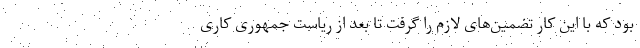
بود که با این کار تضمین‌های لازم را گرفت تا بعد از ریاست جمهوری کاری